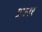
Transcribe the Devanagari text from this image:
प्रकार